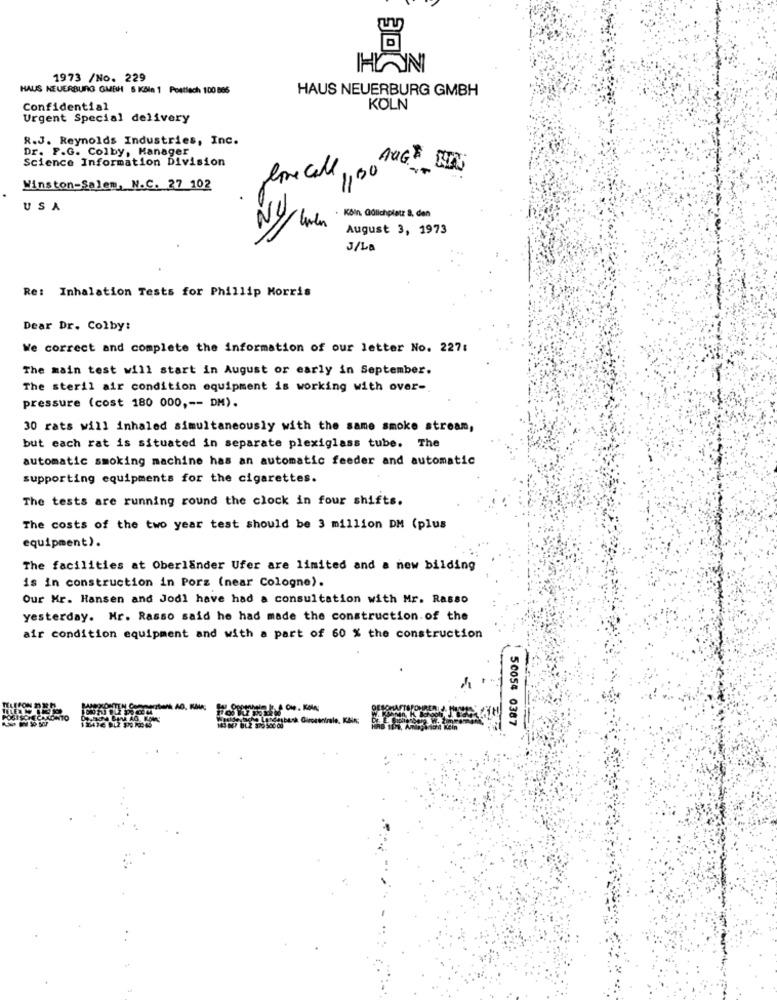
1973 /No. 229
HAUS NEUERBURG GMBH 5 Köln 1 Postlach 100 865
HAUS NEUERBURG GMBH
Confidential
KÖLN
Urgent Special delivery
R.J. Reynolds Industries, Inc.
Dr. F.G. Colby, Manager
Science Information Division
lonecall
1130 FUGE BIN
Winston-Salem, N.C. 27 102
30
NU
USA
. KBin, Gülichplatz 8, den
August 3, 1973
J/La
Re: Inhalation Tests for Phillip Morris
Dear Dr. Colby:
We correct and complete the information of our letter No. 227:
The main test will start in August or early in September.
The steril air condition equipment is working with over-
pressure (cost 180 000 ,-- DM).
30 rats will inhaled simultaneously with the same smoke stream,
but each rat is situated in separate plexiglass tube. The
automatic smoking machine has an automatic feeder and automatic
supporting equipments for the cigarettes.
The tests are running round the clock in four shifts.
The costs of the two year test should be 3 million DM (plus
equipment).
The facilities at Oberlander Ufer are limited and a new bilding
is in construction in Porz (near Cologne).
Our Kr. Hansen and Jodl have had a consultation with Mr. Rasso
yesterday. Hr. Rasso said he had made the construction of the
air condition equipment and with a part of 60 % the construction
50054 0387
Volt Kein